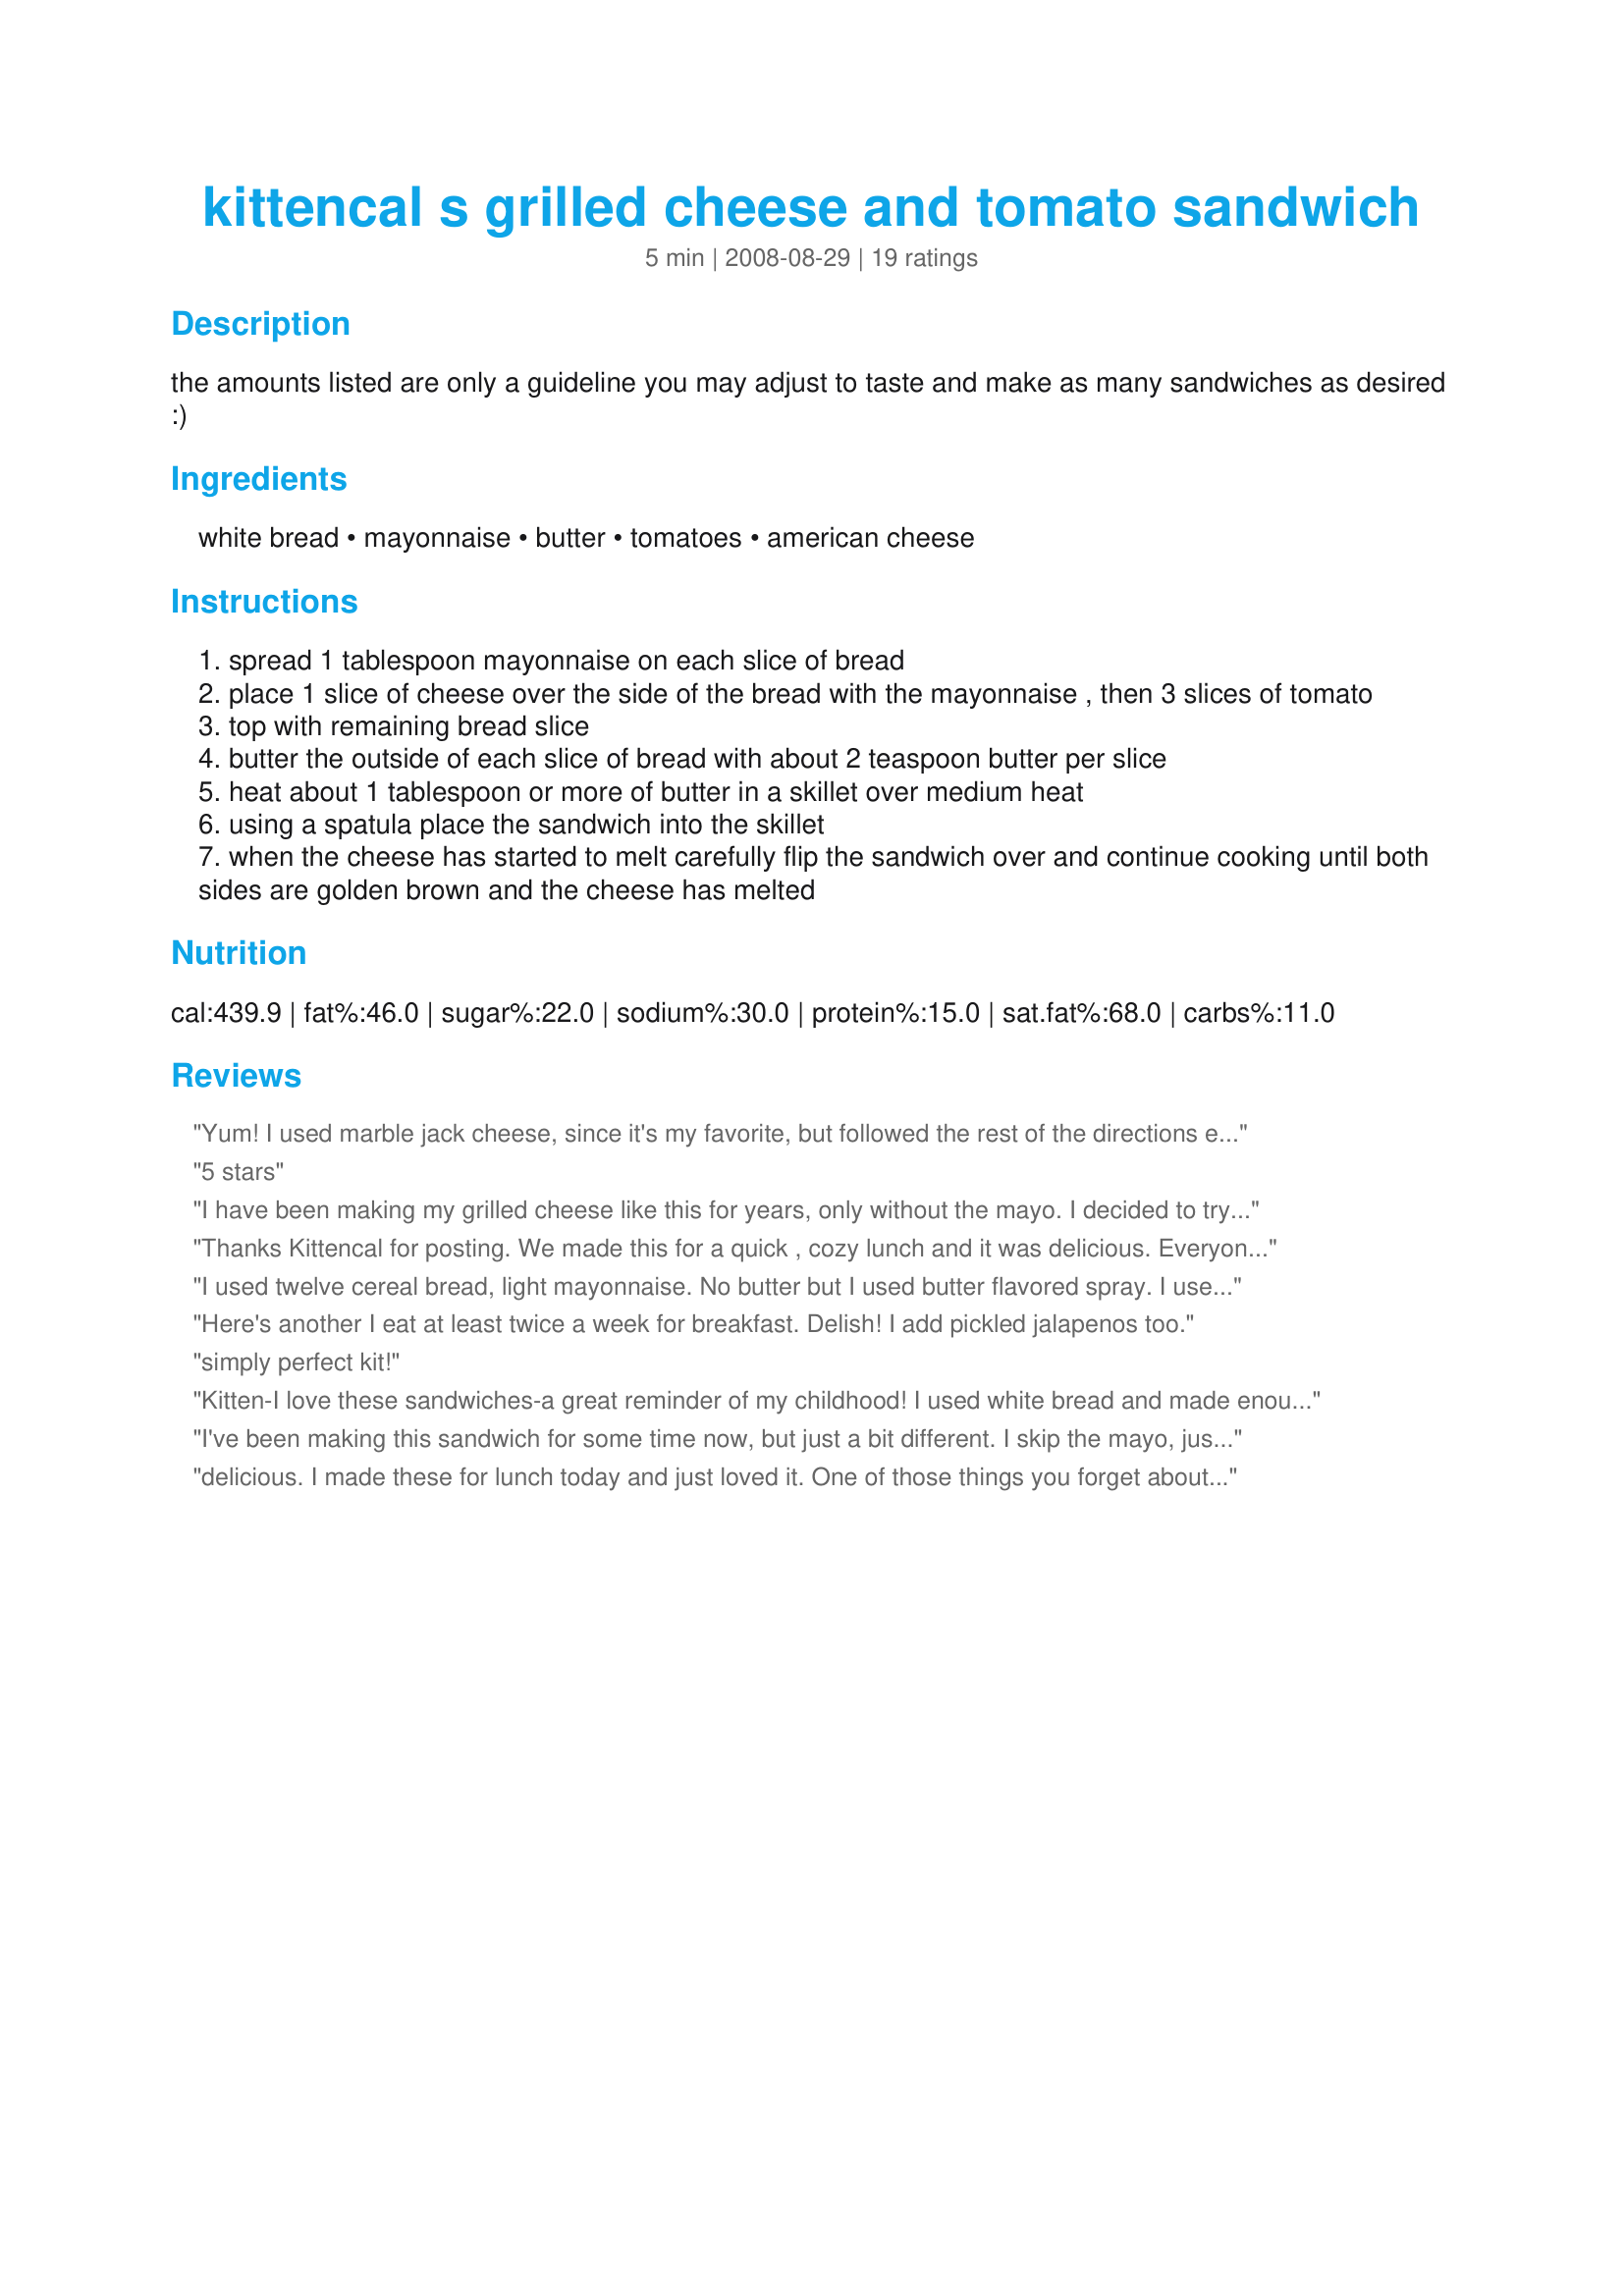
kittencal s grilled cheese and tomato sandwich
Preparation time: 5 minutes

the amounts listed are only a guideline you may adjust to taste and make as many sandwiches as desired :)

Ingredients:
white bread, mayonnaise, butter, tomatoes, american cheese

Steps:
spread 1 tablespoon mayonnaise on each slice of bread
place 1 slice of cheese over the side of the bread with the mayonnaise , then 3 slices of tomato
top with remaining bread slice
butter the outside of each slice of bread with about 2 teaspoon butter per slice
heat about 1 tablespoon or more of butter in a skillet over medium heat
using a spatula place the sandwich into the skillet
when the cheese has started to melt carefully flip the sandwich over and continue cooking until both sides are golden brown and the cheese has melted

Reviews:
Yum! I used marble jack cheese, since it's my favorite, but followed the rest of the directions exactly. This was a delicious sandwich and I'm sure to make it again! Thank you!
5 stars
I have been making my grilled cheese like this for years, only without the mayo. I decided to try it with and it was delicious!
Thanks Kittencal for posting. We made this for a quick , cozy lunch and it was delicious. Everyone wanted more than one sandwich. Instead of American we used cheddar and instead of putting the butter on both sides of the bread we put mayo on both sides (just family personal taste preference) reserving the butter for just the pan. Thinly sliced tomatoes are great and on some sandwiches we added some ham. Another winner! Enjoy! ChefDLH
I used twelve cereal bread, light mayonnaise. No butter but I used butter flavored spray. I used a slice of white cheese. I didn't like this part. I'll have to try with cheddar cheese or swiss cheese. I cooked it on my panini pan. Thanks Kit. Made for Zaar Star Game
Here's another I eat at least twice a week for breakfast.
Delish!
I add pickled jalapenos too.
simply perfect kit!
Kitten-I love these sandwiches-a great reminder of my childhood! I used white bread and made enough for the neighborhood kids who were helping me in the yard. And of course, served w/ tomato soup. DELICIOUS-thank you for posting another great recipe!!!
I've been making this sandwich for some time now, but just a bit different. I skip the mayo, just use enough soft butter to cover the bread to toast it in the pan without using any additional and putting the tomatoes on after its been grilled. I use a nice sharp cheese and the combo with the tomato is delicious! Made to go with your Recipe#350894 and dinner was simple and delicious!
delicious. I made these for lunch today and just loved it. One of those things you forget about if you don't have kids, so glad to refind my grilled cheese and tomato.

fyi there is a great cheese slice by kraft specifically for grilled cheeses. It has a pink cover and is extra thick, made of 3 diff cheeses and melts perfectly. Worth getting just for those days you want grilled cheeses
This is great! I only made one change, and that is that I used yogurt cheese instead of American! I love this sandwich for breakfast!
I've been making this one for years...Love it. It is also sooo good with Provolone cheese! That is probably my favorite way to make it.
Yummy Kittencal !! I have never had grilled cheese sandwiches with mayonaise before. WOW, these were fantastic. I used white bread, but I used the Campari tomatoes they are the only tomatoes that taste like tomatoes around here. You just can't beat Quebec tomatoes, but one has to put up with the Florida ones when there is no choice. I put the sandwiches in the panini press and they turned out fantastic. We had them with your Yum Yum Pickles (my Mum will be only getting 3 jars and not 4). Sorry I couldn't take a pic I have to find my battery charger. I will take a pic when I make these again. Thanks Kittencal for another wonderful recipe.
I've been making a similar sandwich since I was a kid. I double the amount of cheese, though, and use mustard instead of mayo. There's just something I find off-putting about warmed mayo. Plus, I find mustard just blends better with melted cheese.
was very good i also added a few slices of avacado
I love grilled cheese with tomatoes.
I added salt and dried basil. It was outstanding! I am not a big tomato lover so I was hesitant to try this but it made magic in the pan! Thank you Kittencal!
Very yummy grilled cheese sandwich! We used white whole wheat bread, 2 slices sharp cheddar cheese, and sliced the tomatoes thinly. LIked the mayonnaise a lot on the sandwishes. Served with Andi of Longmeadow Farm's Recipe #333005 and fruit cocktail for lunch today. Made and reviewed for KK's Top 25 tag game.
This was cheesy goodness at it's best! I used 4 thin slices of tomato,a slice of Kraft and a slice of Colby-Jack...OMG! It was gooing everywhere!! :) Served with a pickle spear on the side...perfection! Thanks so much for posting!! Made in memory of your husband.
